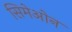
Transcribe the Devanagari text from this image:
सिमेओन